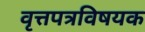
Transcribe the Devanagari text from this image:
वृत्तपत्रविषयक